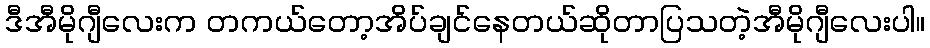
ဒီအီမိုဂျီလေးက တကယ်တော့အိပ်ချင်နေတယ်ဆိုတာပြသတဲ့အီမိုဂျီလေးပါ။